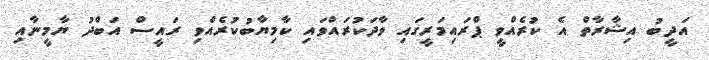
އަދީބު އިޝާރާތް އެ ކުރެއްވީ ޕްރައިމަރީގައި ވާދަކުރައްވައި ކާމިޔާބުކުރެއްވި ރައީސް އަބްދު ޔާމީނާއި